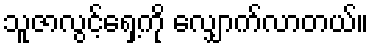
သူဇာလွင့်ရှေ့ကို လျှောက်လာတယ်။